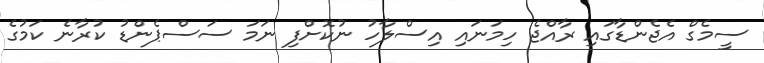
ސީމެގް އެޖެންޑާގައި ރާއްޖެ ހިމަނައި އިސްލާހު ނުކޮށްފި ނަމަ ސަސްޕެންޑު ކުރާނެ ކަމުގެ